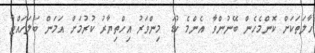
ހާލަތަކަށް ކޮންމެހެން ބޭނުންވާ އެންމެ ކުޑަ މިންވަރު އިހްތިޔާރު ކުުރުމަށް އަމަން ބަލަހައްޓާ